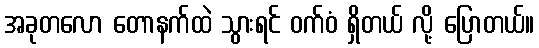
အခုတလော တောနက်ထဲ သွားရင် ဝက်ဝံ ရှိတယ် လို့ ပြောတယ်။